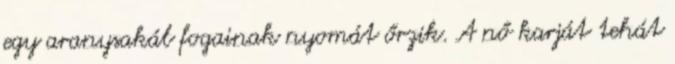
egy aranysakál fogainak nyomát őrzik. A nő karját tehát